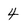
Character: 4